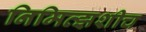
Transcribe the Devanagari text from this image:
निमित्झशीच